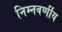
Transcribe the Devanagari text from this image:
निम्नवर्णीय